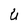
Character: r